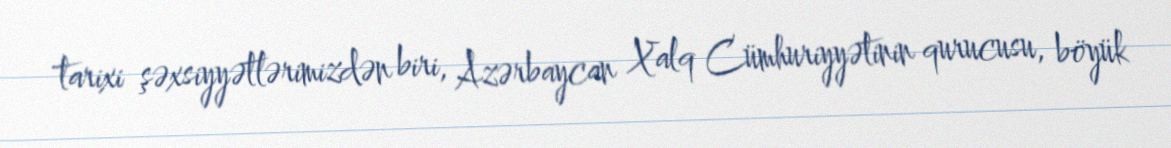
tarixi şəxsiyyətlərimizdən biri, Azərbaycan Xalq Cümhuriyyətinin qurucusu, böyük